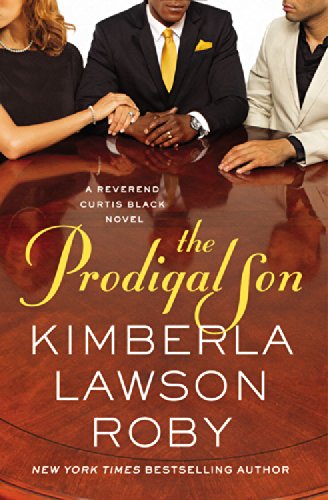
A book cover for The Prodigal Son (A Reverend Curtis Black Novel); Kimberla Lawson Roby; Literature & Fiction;